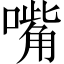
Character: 嘴